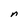
Character: n